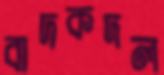
বাদকদল